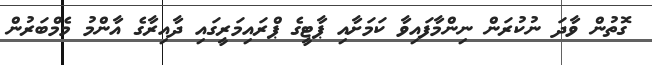
ގޮތުން ވާދަ ނުކުރަން ނިންމާފައިވާ ކަމަށާއި ޕާޓީގެ ޕްރައިމަރީގައި ދާއިރާގެ އާންމު މެމްބަރުން